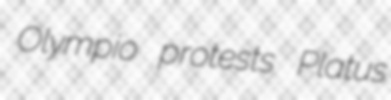
Olympio protests Platus